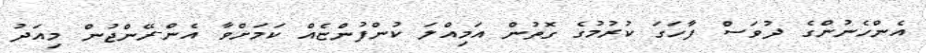
އެންހެނުންގެ ދުވަސް ފާހަގަ ކުރުމުގެ ގޮތުން އަމިއްލަ ކުންފުންޏެއް ކަމަށްވާ އެން-ރޭންޖުން މިއަދު